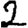
Digit: 2